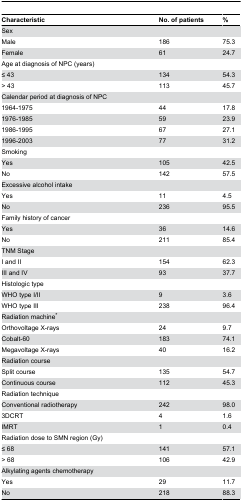
<table><thead><tr><td><b>Characteristic</b></td><td><b>No. of patients</b></td><td><b>%</b></td></tr></thead><tbody><tr><td>Sex</td><td></td><td></td></tr><tr><td>Male</td><td>186</td><td>75.3</td></tr><tr><td>Female</td><td>61</td><td>24.7</td></tr><tr><td>Age at diagnosis of NPC (years)</td><td></td><td></td></tr><tr><td>≤ 43</td><td>134</td><td>54.3</td></tr><tr><td>&gt; 43</td><td>113</td><td>45.7</td></tr><tr><td>Calendar period at diagnosis of NPC</td><td></td><td></td></tr><tr><td>1964-1975</td><td>44</td><td>17.8</td></tr><tr><td>1976-1985</td><td>59</td><td>23.9</td></tr><tr><td>1986-1995</td><td>67</td><td>27.1</td></tr><tr><td>1996-2003</td><td>77</td><td>31.2</td></tr><tr><td>Smoking</td><td></td><td></td></tr><tr><td>Yes</td><td>105</td><td>42.5</td></tr><tr><td>No</td><td>142</td><td>57.5</td></tr><tr><td>Excessive alcohol intake</td><td></td><td></td></tr><tr><td>Yes</td><td>11</td><td>4.5</td></tr><tr><td>No</td><td>236</td><td>95.5</td></tr><tr><td>Family history of cancer</td><td></td><td></td></tr><tr><td>Yes</td><td>36</td><td>14.6</td></tr><tr><td>No</td><td>211</td><td>85.4</td></tr><tr><td>TNM Stage</td><td></td><td></td></tr><tr><td>I and II</td><td>154</td><td>62.3</td></tr><tr><td>III and IV</td><td>93</td><td>37.7</td></tr><tr><td>Histologic type</td><td></td><td></td></tr><tr><td>WHO type I/II</td><td>9</td><td>3.6</td></tr><tr><td>WHO type III</td><td>238</td><td>96.4</td></tr><tr><td>Radiation machine*</td><td></td><td></td></tr><tr><td>Orthovoltage X-rays</td><td>24</td><td>9.7</td></tr><tr><td>Cobalt-60</td><td>183</td><td>74.1</td></tr><tr><td>Megavoltage X-rays</td><td>40</td><td>16.2</td></tr><tr><td>Radiation course</td><td></td><td></td></tr><tr><td>Split course</td><td>135</td><td>54.7</td></tr><tr><td>Continuous course</td><td>112</td><td>45.3</td></tr><tr><td>Radiation technique</td><td></td><td></td></tr><tr><td>Conventional radiotherapy</td><td>242</td><td>98.0</td></tr><tr><td>3DCRT</td><td>4</td><td>1.6</td></tr><tr><td>IMRT</td><td>1</td><td>0.4</td></tr><tr><td>Radiation dose to SMN region (Gy)</td><td></td><td></td></tr><tr><td>≤ 68</td><td>141</td><td>57.1</td></tr><tr><td>&gt; 68</td><td>106</td><td>42.9</td></tr><tr><td>Alkylating agents chemotherapy</td><td></td><td></td></tr><tr><td>Yes</td><td>29</td><td>11.7</td></tr><tr><td>No</td><td>218</td><td>88.3</td></tr></tbody></table>